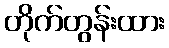
တိုက်တွန်းထား